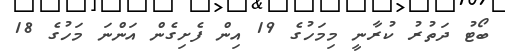
ބޯޓު ދަތުރު ކުރާނީ މިމަހުގެ 19 އިން ފެށިގެން އަންނަ މަހުގެ 18